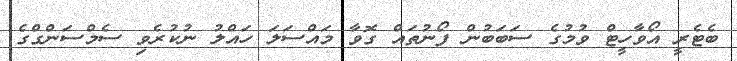
ބެޓެރީ އޯވާހީޓް ވުމުގެ ސަބަބުން ފޯނުތައް ގޮވާ މައްސަލަ ހައްލު ނުކުރެވި ސެމްސަންގްގެ